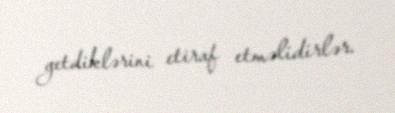
getdiklərini etiraf etməlidirlər.